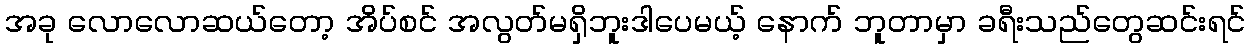
အခု လောလောဆယ်တော့ အိပ်စင် အလွတ်မရှိဘူးဒါပေမယ့် နောက် ဘူတာမှာ ခရီးသည်တွေဆင်းရင်